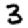
Digit: 3